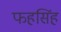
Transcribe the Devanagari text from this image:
फहसिंह